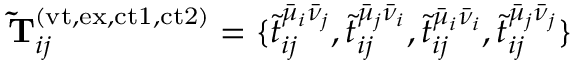
\mathbf { \widetilde { T } } _ { i j } ^ { ( \mathrm { v t , e x , c t 1 , c t 2 } ) } = \{ \tilde { t } _ { i j } ^ { \bar { \mu } _ { i } \bar { \nu } _ { j } } , \tilde { t } _ { i j } ^ { \bar { \mu } _ { j } \bar { \nu } _ { i } } , \tilde { t } _ { i j } ^ { \bar { \mu } _ { i } \bar { \nu } _ { i } } , \tilde { t } _ { i j } ^ { \bar { \mu } _ { j } \bar { \nu } _ { j } } \}